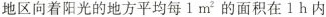
地区向着阳光的地方平均每1m^{2}的面积在1h内